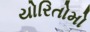
યોરિતોમો